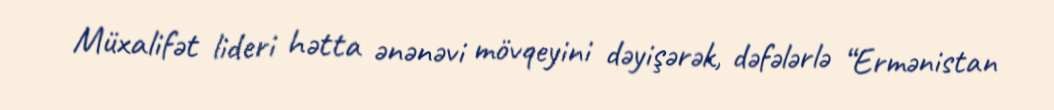
Müxalifət lideri hətta ənənəvi mövqeyini dəyişərək, dəfələrlə “Ermənistan